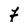
Character: f